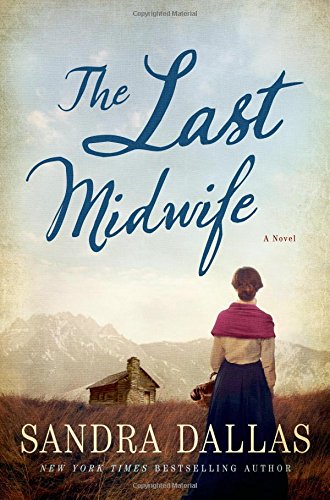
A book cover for The Last Midwife: A Novel; Sandra Dallas; Mystery, Thriller & Suspense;